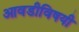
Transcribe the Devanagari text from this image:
आवडीविषयी